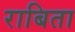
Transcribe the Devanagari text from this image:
राबिता